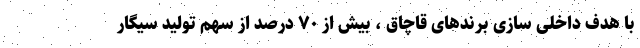
با هدف داخلی سازی برندهای قاچاق ، بیش از ۷۰ درصد از سهم تولید سیگار